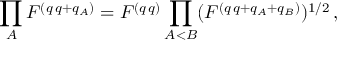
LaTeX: \prod _ { A } F ^ { ( q \, q + q _ { A } ) } = F ^ { ( q \, q ) } \prod _ { A < B } ( F ^ { ( q \, q + q _ { A } + q _ { B } ) } ) ^ { 1 / 2 } \, ,